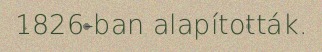
1826-ban alapították.